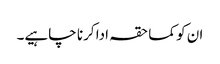
ان کو کما حقہ ادا کرنا چاہیے۔